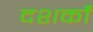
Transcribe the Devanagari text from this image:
दशर्कों